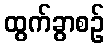
ထွက်ခွာစဉ်